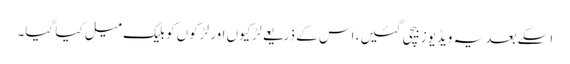
اسکے بعد یہ ویڈیوز بیچی گئیں، اس کے ذریعے لڑکیوں اور لڑکوں کو بلیک میل کیا گیا۔